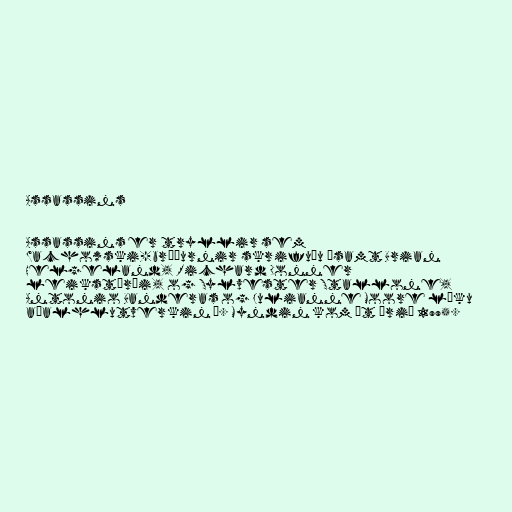
Assassins

Assassins er tryllir sem
Wachowski-bræðurnir skrifuðu ásamt Brian
Helgeland, Richard Donner
leikstýrði, og Sylvester Stallone,
Antonio Banderas og Julianne Moore léku
aðalhlutverkin í. Myndin kom út árið 1995.